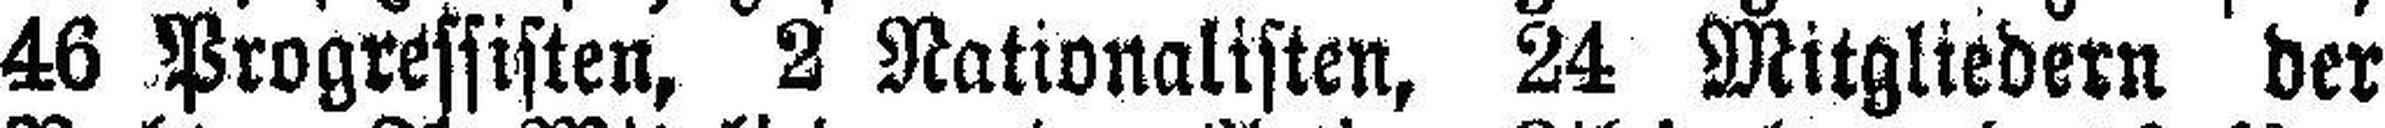
46 Progressisten, 2 Nationalisten, 24 Mitgliedern der